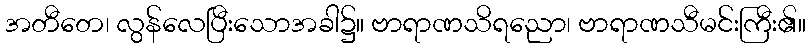
အတီတေ၊ လွန်လေပြီးသောအခါ၌။ ဗာရာဏသိရညော၊ ဗာရာဏသီမင်းကြီး၏။